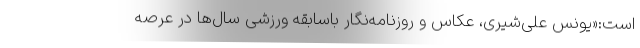
است:«یونس علی‌شیری، عکاس و روزنامه‌نگار باسابقه ورزشی سال‌ها در عرصه